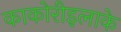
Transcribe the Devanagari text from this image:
काकोरीइलाके